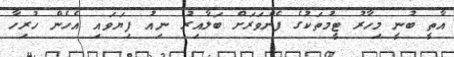
އާތީ ބުނީ މިހާރު ޓީމުތަކުގެ ފެންވަރަށް ބަލާއިރު ނިއު ފިޔަވައި އެހެން ހުރިހާ